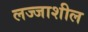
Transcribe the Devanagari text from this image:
लज्जाशील